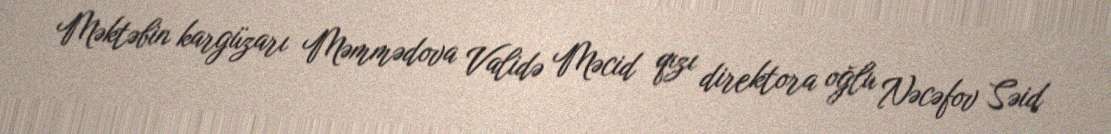
Məktəbin kargüzarı Məmmədova Validə Məcid qızı direktora oğlu Nəcəfov Səid